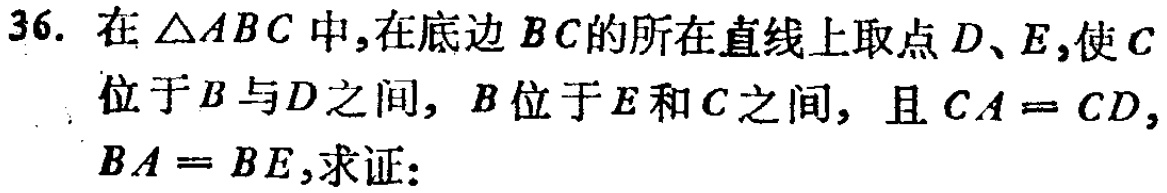
36. 在\(\triangle ABC\)中，在底边\(BC\)的所在直线上取点\(D、E\)，使\(C\)位于\(B\)与\(D\)之间，\(B\)位于\(E\)和\(C\)之间，且\(CA = CD\)，\(BA = BE\)，求证：